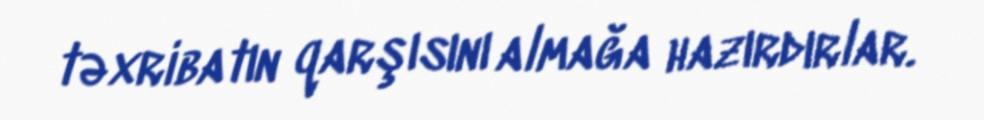
təxribatın qarşısını almağa hazırdırlar.